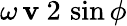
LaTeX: \omega\, \mathbf{v}\ 2\, \sin\phi